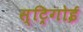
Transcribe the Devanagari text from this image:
स्ट्रिगोई